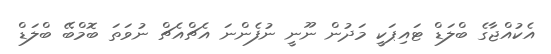
އެކުއްޖާގެ ބްލަޑް ޓައިޕަކީ މަދުން ނޫނީ ނުފެންނަ އެޗްއެޗް ނުވަތަ ބޮމްބޭ ބްލަޑް